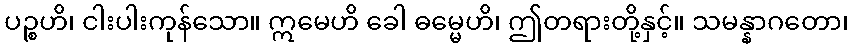
ပဉ္စဟိ၊ ငါးပါးကုန်သော။ ဣမေဟိ ခေါ ဓမ္မေဟိ၊ ဤတရားတို့နှင့်။ သမန္နာဂတော၊